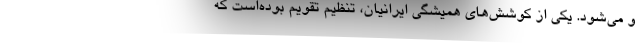
و می‌شود. یکی از کوشش‌های همیشگی ایرانیان، تنظیم تقویم بوده‌است که